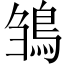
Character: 𩿿